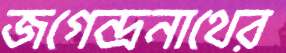
জগেন্দ্রনাথের